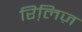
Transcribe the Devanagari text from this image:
रिलि़ज़